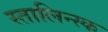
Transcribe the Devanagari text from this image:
स्तालिन्स्क